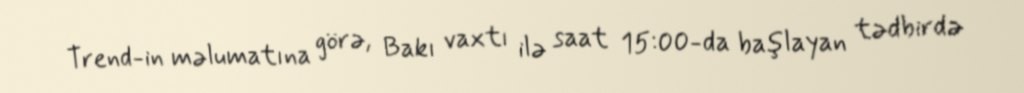
Trend-in məlumatına görə, Bakı vaxtı ilə saat 15:00-da başlayan tədbirdə